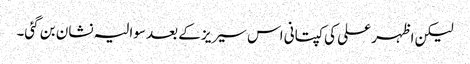
لیکن اظہر علی کی کپتانی اس سیریز کے بعد سوالیہ نشان بن گئی۔